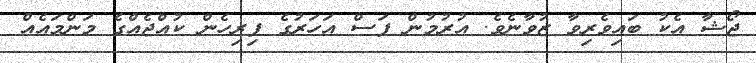
ޖޯޝާ އެކު ބައިވެރިވާ ޒުވާނެވެ. އުރުމުން ފަސް އަހަރުގެ ފިރިހެން ކުއްޖެއްގެ މަންމައެއް